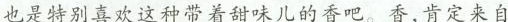
也是特别喜欢这种带着甜味儿的香吧。香,肯定来自